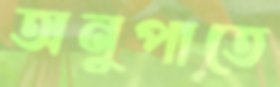
অনুপাতে